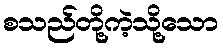
စသည်တို့ကဲ့သို့သော